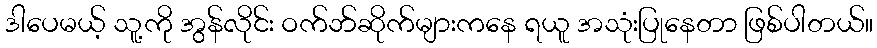
ဒါပေမယ့် သူ့ကို အွန်လိုင်း ဝက်ဘ်ဆိုက်များကနေ ရယူ အသုံးပြုနေတာ ဖြစ်ပါတယ်။